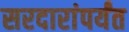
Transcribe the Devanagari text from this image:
सरदारांपर्यंत